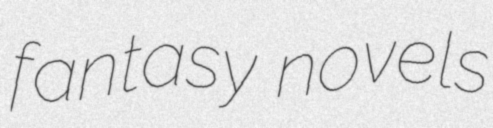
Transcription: fantasy novels